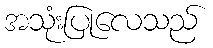
အသုံးပြုလေသည်